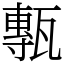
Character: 甎